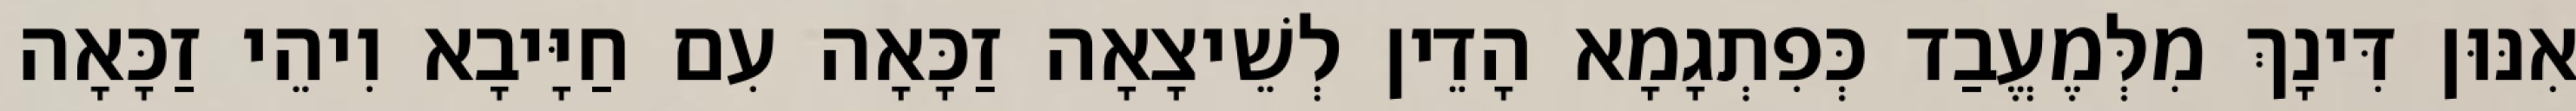
אִנּוּן דִּינָךְ מִלְּמֶעֱבַד כְּפִתְגָמָא הָדֵין לְשֵׁיצָאָה זַכָּאָה עִם חַיָּיבָא וִיהֵי זַכָּאָה